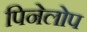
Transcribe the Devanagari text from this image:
पिनेलोप